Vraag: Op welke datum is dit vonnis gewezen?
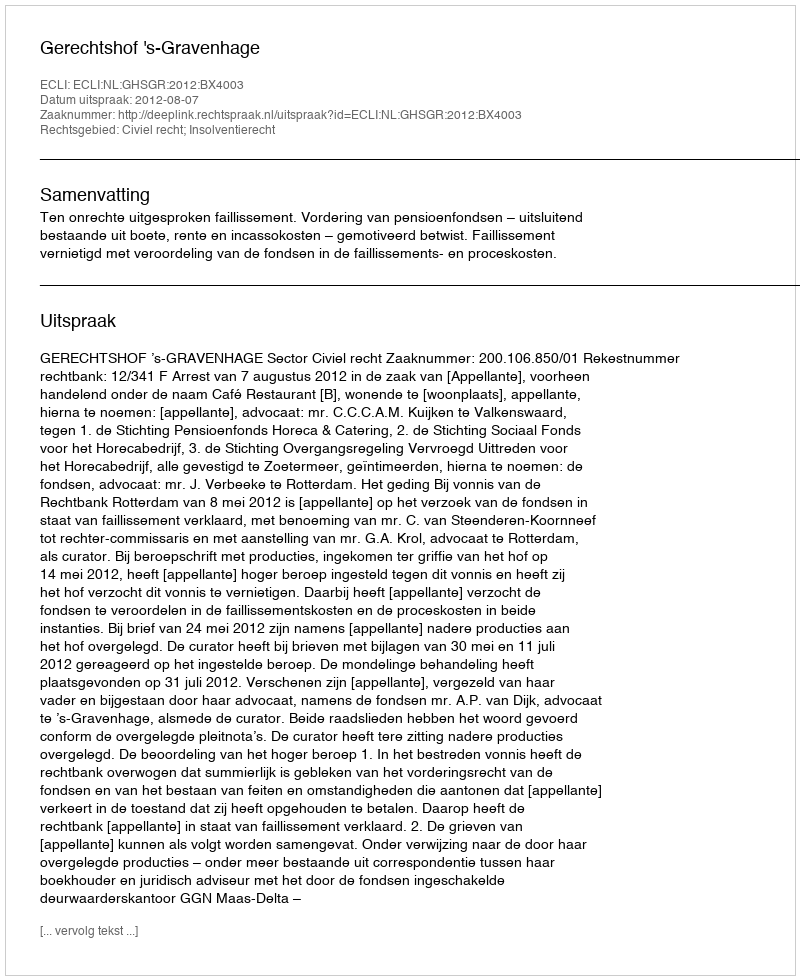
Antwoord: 2012-08-07